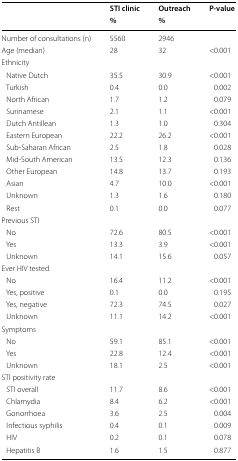
<table><thead><tr><td rowspan="2"></td><td><b>STI clinic</b></td><td><b>Outreach</b></td><td rowspan="2"><b>P-value</b></td></tr><tr><td><b>%</b></td><td><b>%</b></td></tr></thead><tbody><tr><td>Number of consultations (n)</td><td>5560</td><td>2946</td><td></td></tr><tr><td>Age (median)</td><td>28</td><td>32</td><td>&lt;0.001</td></tr><tr><td colspan="4">Ethnicity</td></tr><tr><td> Native Dutch</td><td>35.5</td><td>30.9</td><td>&lt;0.001</td></tr><tr><td> Turkish</td><td>0.4</td><td>0.0</td><td>0.002</td></tr><tr><td> North African</td><td>1.7</td><td>1.2</td><td>0.079</td></tr><tr><td> Surinamese</td><td>2.1</td><td>1.1</td><td>&lt;0.001</td></tr><tr><td> Dutch Antillean</td><td>1.3</td><td>1.0</td><td>0.304</td></tr><tr><td> Eastern European</td><td>22.2</td><td>26.2</td><td>&lt;0.001</td></tr><tr><td> Sub-Saharan African</td><td>2.5</td><td>1.8</td><td>0.028</td></tr><tr><td> Mid-South American</td><td>13.5</td><td>12.3</td><td>0.136</td></tr><tr><td> Other European</td><td>14.8</td><td>13.7</td><td>0.193</td></tr><tr><td> Asian</td><td>4.7</td><td>10.0</td><td>&lt;0.001</td></tr><tr><td> Unknown</td><td>1.3</td><td>1.6</td><td>0.180</td></tr><tr><td> Rest</td><td>0.1</td><td>0.0</td><td>0.077</td></tr><tr><td colspan="4">Previous STI</td></tr><tr><td> No</td><td>72.6</td><td>80.5</td><td>&lt;0.001</td></tr><tr><td> Yes</td><td>13.3</td><td>3.9</td><td>&lt;0.001</td></tr><tr><td> Unknown</td><td>14.1</td><td>15.6</td><td>0.057</td></tr><tr><td colspan="4">Ever HIV tested</td></tr><tr><td> No</td><td>16.4</td><td>11.2</td><td>&lt;0.001</td></tr><tr><td> Yes, positive</td><td>0.1</td><td>0.0</td><td>0.195</td></tr><tr><td> Yes, negative</td><td>72.3</td><td>74.5</td><td>0.027</td></tr><tr><td> Unknown</td><td>11.1</td><td>14.2</td><td>&lt;0.001</td></tr><tr><td colspan="4">Symptoms</td></tr><tr><td> No</td><td>59.1</td><td>85.1</td><td>&lt;0.001</td></tr><tr><td> Yes</td><td>22.8</td><td>12.4</td><td>&lt;0.001</td></tr><tr><td> Unknown</td><td>18.1</td><td>2.5</td><td>&lt;0.001</td></tr><tr><td colspan="4">STI positivity rate</td></tr><tr><td> STI overall</td><td>11.7</td><td>8.6</td><td>&lt;0.001</td></tr><tr><td> Chlamydia</td><td>8.4</td><td>6.2</td><td>&lt;0.001</td></tr><tr><td> Gonorrhoea</td><td>3.6</td><td>2.5</td><td>0.004</td></tr><tr><td> Infectious syphilis</td><td>0.4</td><td>0.1</td><td>0.009</td></tr><tr><td> HIV</td><td>0.2</td><td>0.1</td><td>0.078</td></tr><tr><td> Hepatitis B</td><td>1.6</td><td>1.5</td><td>0.877</td></tr></tbody></table>